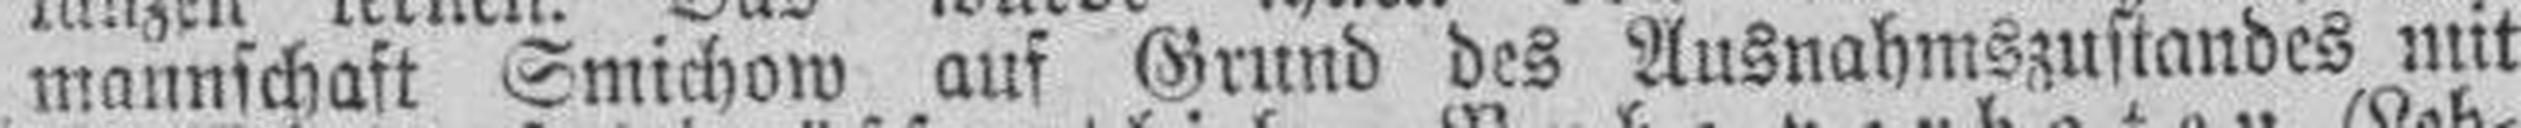
mannschaft Smichow auf Grund des Ausnahmszustandes mit